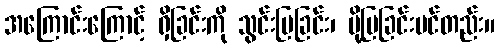
အကြောင်းကြောင့် ရှိခြင်းကို သွင်းပြခြင်း၊ ပို့ပြခြင်းပင်တည်း။